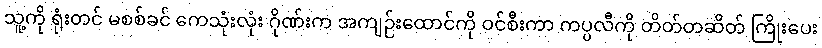
သူ့ကို ရုံးတင် မစစ်ခင် ကေသုံးလုံး ဂိုဏ်းက အကျဉ်းထောင်ကို ဝင်စီးကာ ကပ္ပလီကို တိတ်တဆိတ် ကြိုးပေး